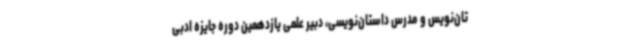
تان‌نویس و مدرس داستان‌نویسی، دبیر علمی یازدهمین دوره جایزه ادبی